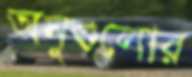
অনুগুলোর